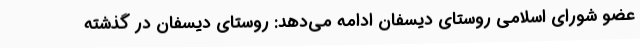
عضو شورای اسلامی روستای دیسفان ادامه می‌دهد: روستای دیسفان در گذشته